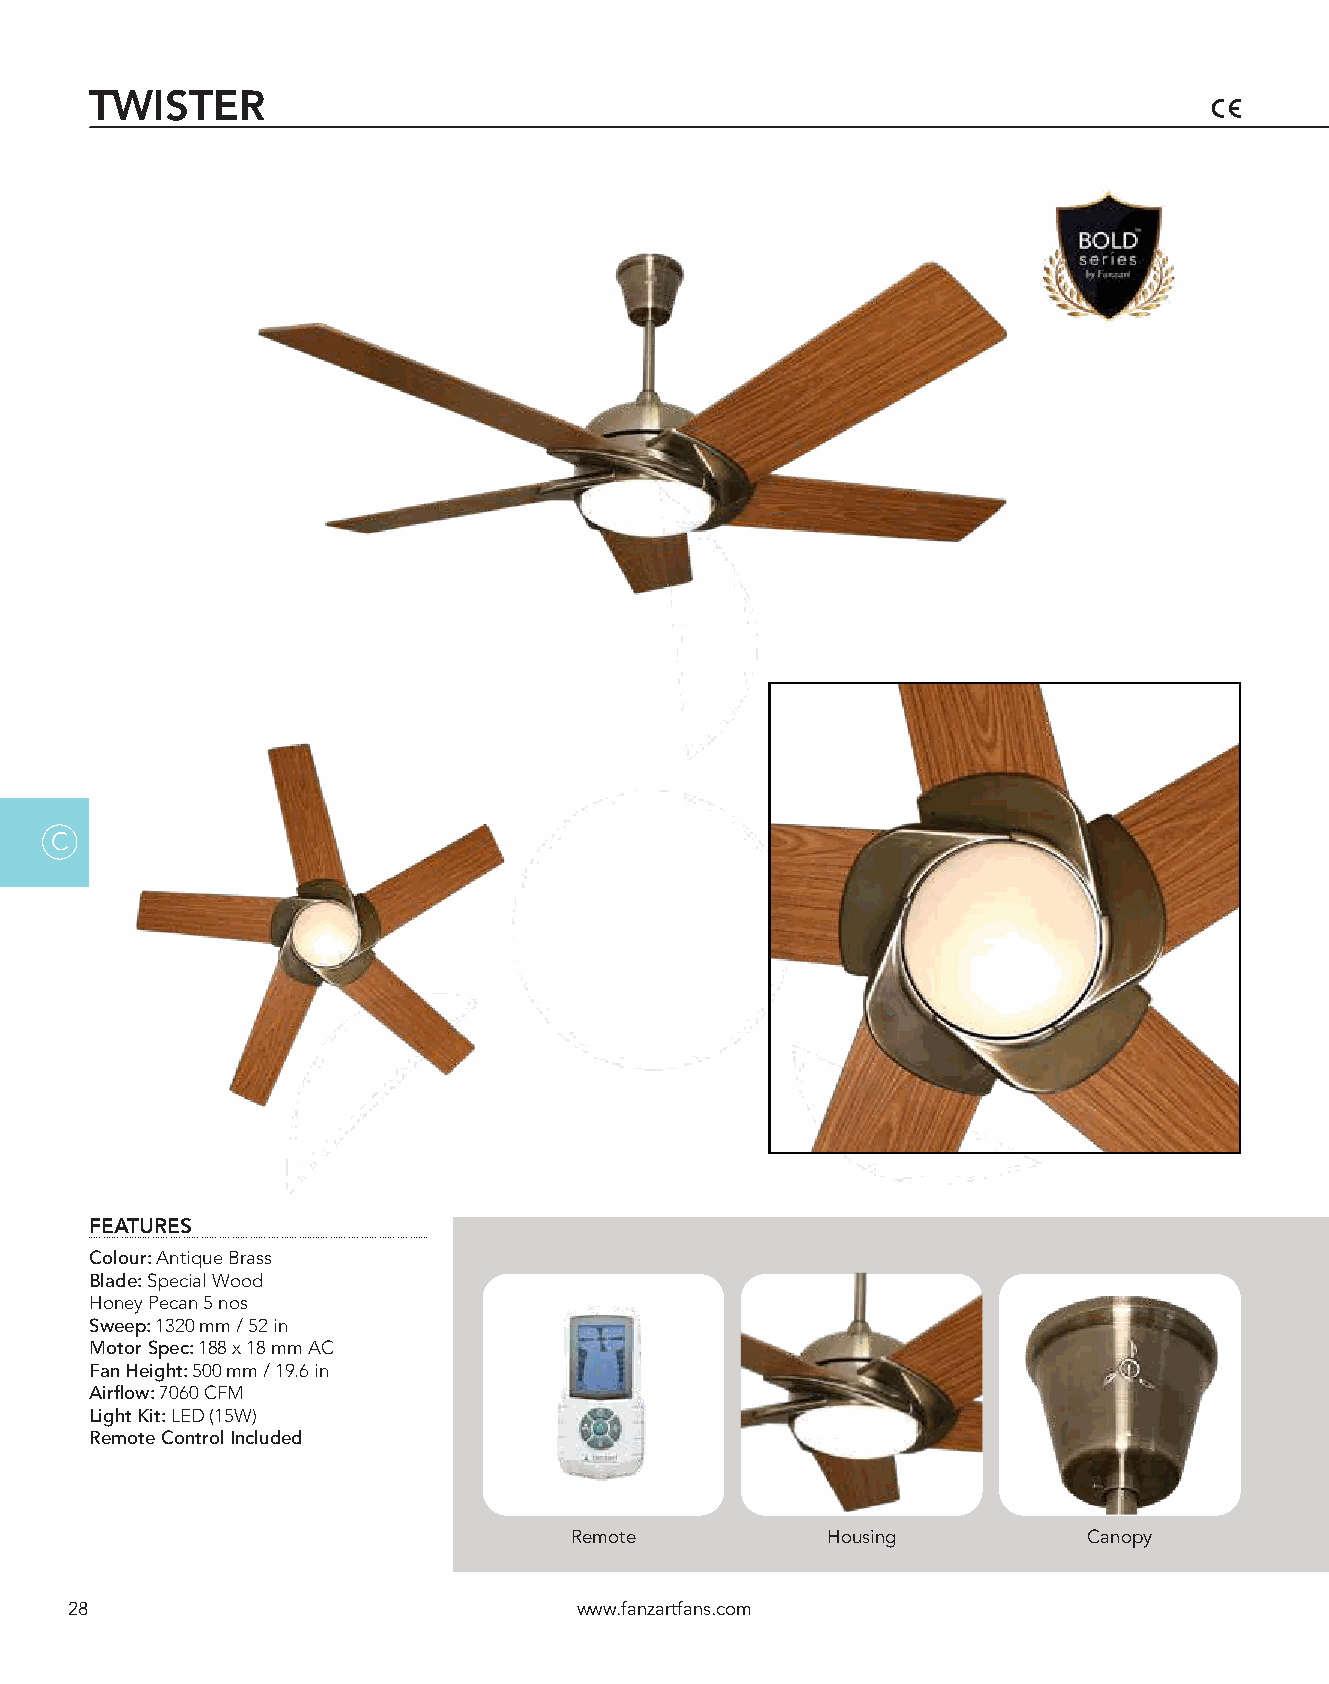
TWISTER
 C
 FEATURES
 Colour: Antique Brass
 Blade: Special Wood
 Honey Pecan 5 nos
 Sweep: 1320 mm / 52 in
 Motor Spec: 188 x 18 mm AC
 Fan Height: 500 mm / 19.6 in
 Airflow: 7060 CFM
 Light Kit: LED (15W)
 Remote Control Included
 Remote           Housing          Canopy
 28                                www.fanzartfans.com